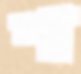
শা